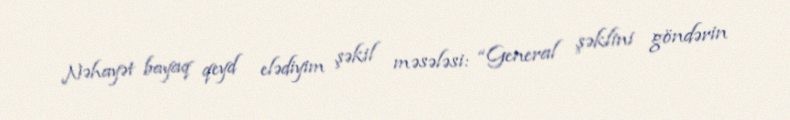
Nəhayət bayaq qeyd elədiyim şəkil məsələsi: “General şəklini göndərin